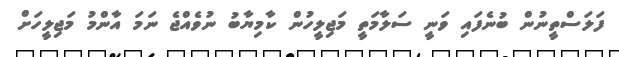
ފަލަސްތީނުން ބުނެފައި ވަނީ ސަލާމަތީ މަޖިލީހުން ކާމިޔާބު ނުވެއްޖެ ނަމަ އާންމު މަޖިލީހަށް